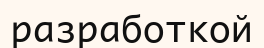
разработкой